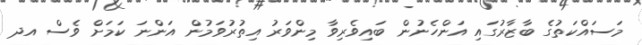
މަސައްކަތުގެ ބާޒާރުގައި އަންހެނުން ބައިވެރިވާ މިންވަރު އިތުރުވަމުން އަންނަ ކަމަށް ވެސް އދ